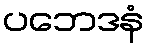
ပဘေဒနံ